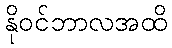
နိုဝင်ဘာလအထိ